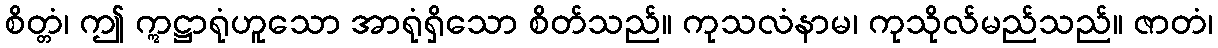
စိတ္တံ၊ ဤ ဣဋ္ဌာရုံဟူသော အာရုံရှိသော စိတ်သည်။ ကုသလံနာမ၊ ကုသိုလ်မည်သည်။ ဇာတံ၊